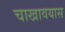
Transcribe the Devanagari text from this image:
चाखावयास